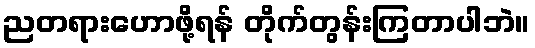
ညတရားဟောဖို့ရန် တိုက်တွန်းကြတာပါဘဲ။